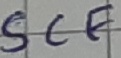
Text: SCF